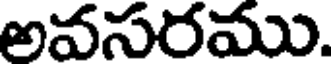
అవసరము.